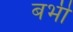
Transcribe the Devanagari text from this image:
बभी